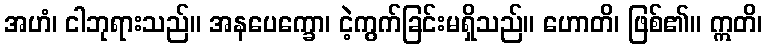
အဟံ၊ ငါဘုရားသည်။ အနပေက္ခော၊ ငဲ့ကွက်ခြင်းမရှိသည်။ ဟောတိ၊ ဖြစ်၏။ ဣတိ၊